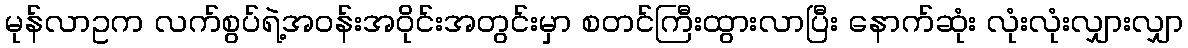
မုန်လာဥက လက်စွပ်ရဲ့အဝန်းအဝိုင်းအတွင်းမှာ စတင်ကြီးထွားလာပြီး နောက်ဆုံး လုံးလုံးလျှားလျှာ